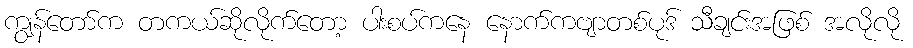
ကျွန်တော်က တကယ်ဆိုလိုက်တော့ ပါးစပ်ကနေ နောက်ကဗျာတစ်ပုဒ် သီချင်းအဖြစ် အလိုလို